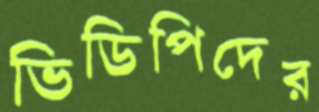
ভিডিপিদের